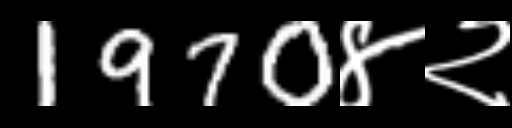
Text: 1970४२